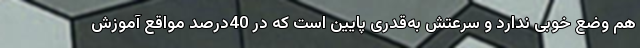
هم وضع خوبی ندارد و سرعتش به‌قدری پایین است که در 40درصد مواقع آموزش